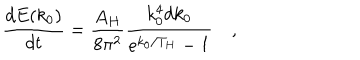
{ \frac { d E ( k _ { 0 } ) } { d t } } = { \frac { A _ { H } } { 8 \pi ^ { 2 } } } { \frac { k _ { 0 } ^ { 4 } d k _ { 0 } } { e ^ { k _ { 0 } / T _ { H } } - 1 } } \quad ,